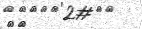
١٩